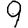
Digit: 9